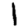
Digit: 1